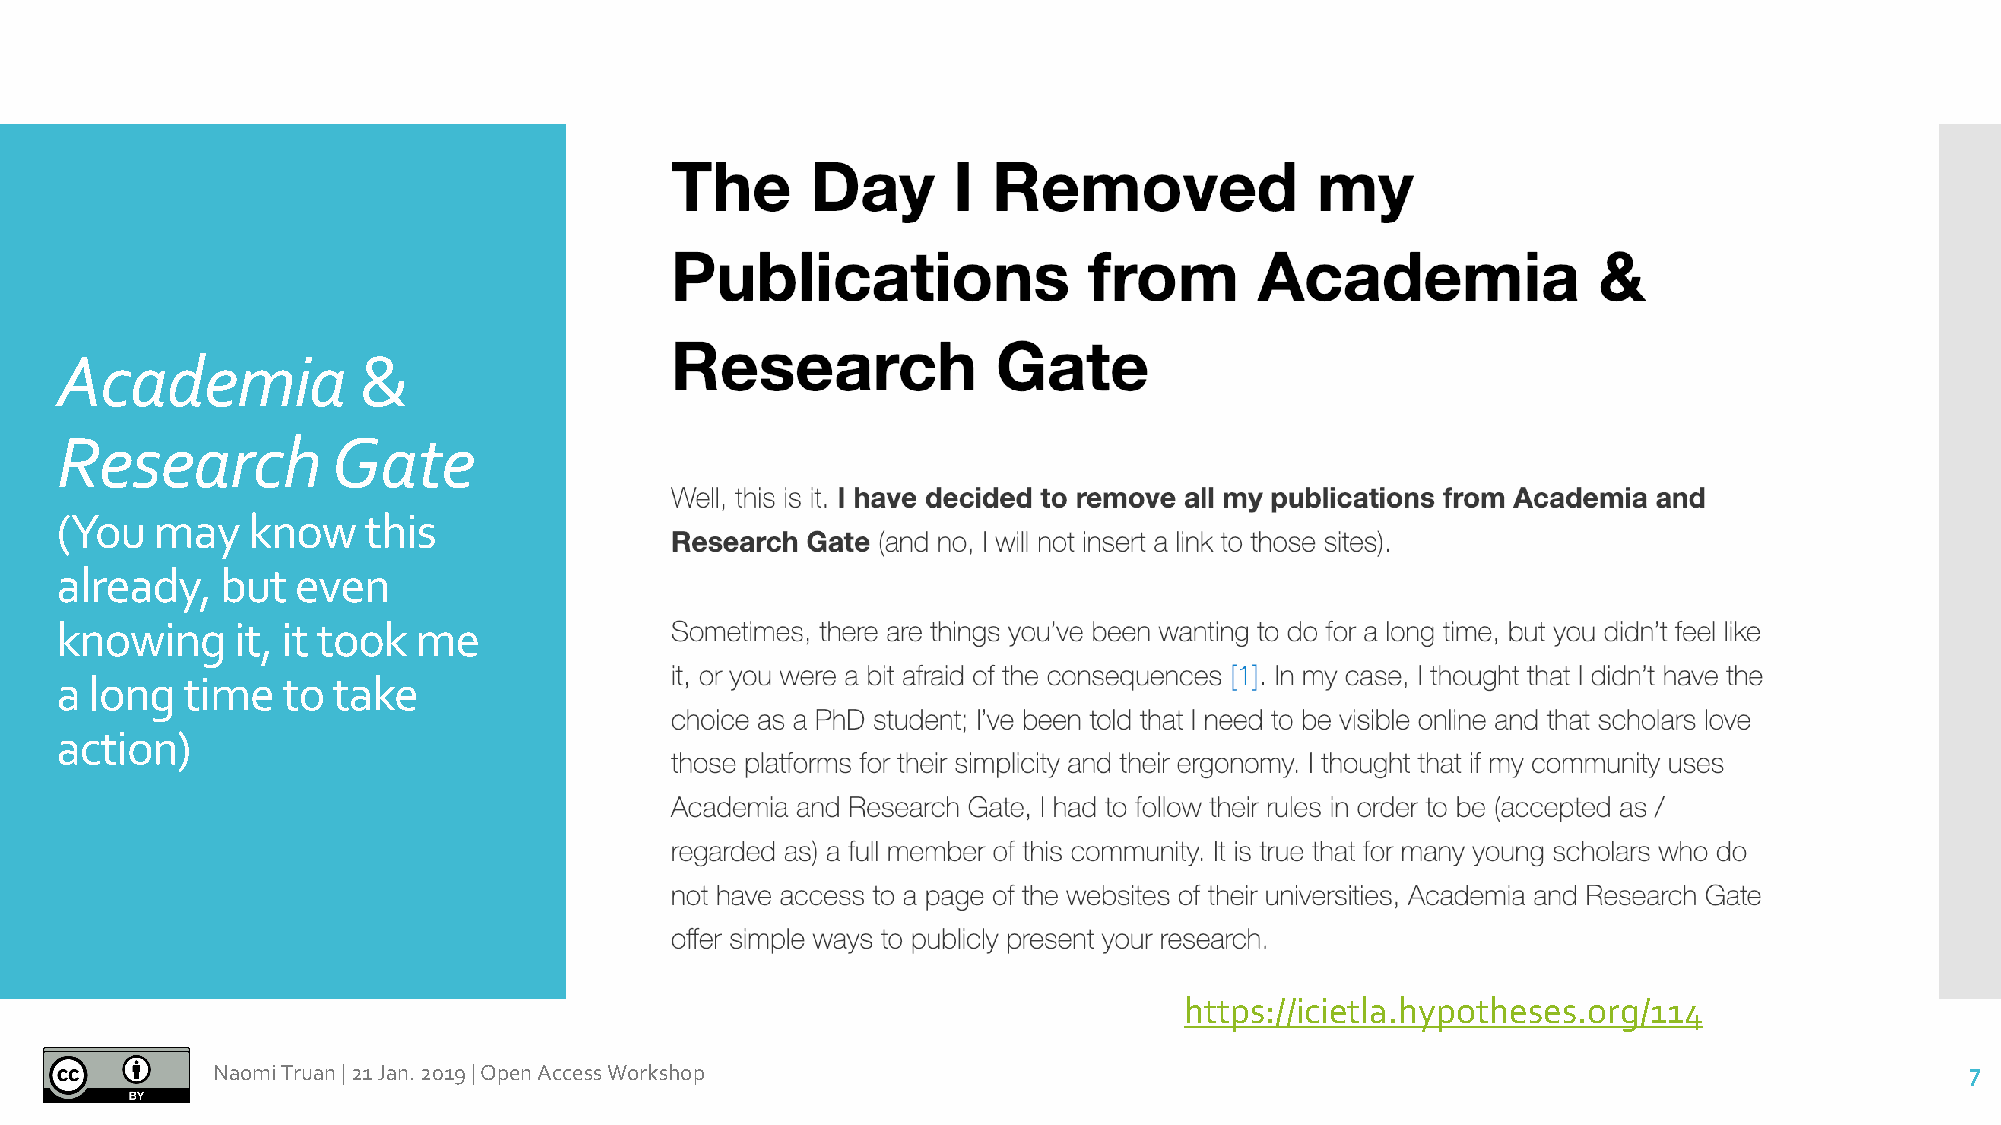
Academia            &
 Research          Gate
 (You  may   know    this
 already,   but  even
 knowing    it, it took me
 a long  time   to take
 action)
 https://icietla.hypotheses.org/114
 Naomi Truan |21 Jan. 2019 |Open Access Workshop                                                                     7